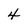
Character: 4